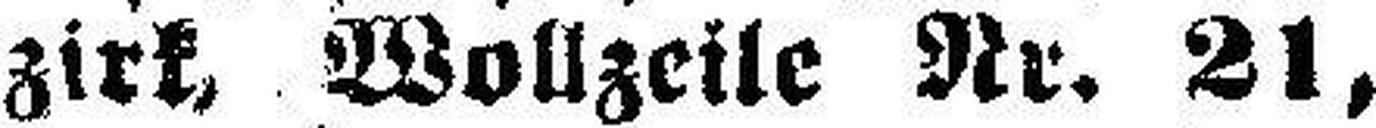
zirk, Wollzeile Nr. 21,